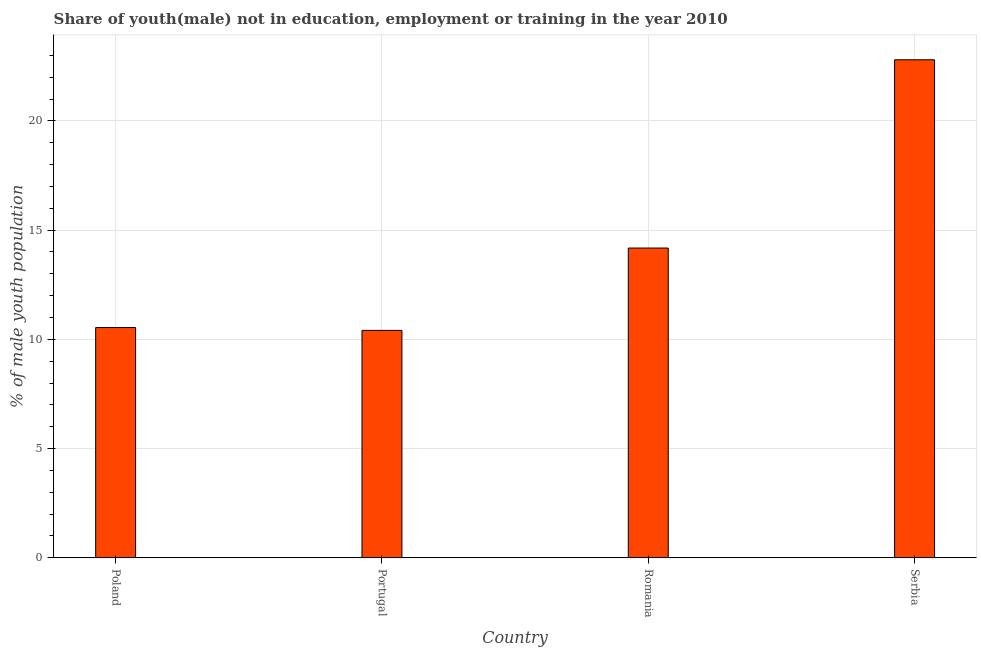
| Country | Unemployed(male) |
 | --- | --- |
 | Poland | 10.5 |
 | Portugal | 10.4 |
 | Romania | 14.2 |
 | Serbia | 22.8 |